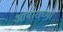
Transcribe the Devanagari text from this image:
आवाराच्या